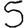
Digit: 5